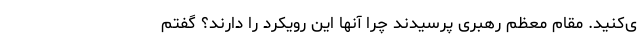
ی‌کنید. مقام معظم رهبری پرسیدند چرا آنها این رویکرد را دارند؟ گفتم